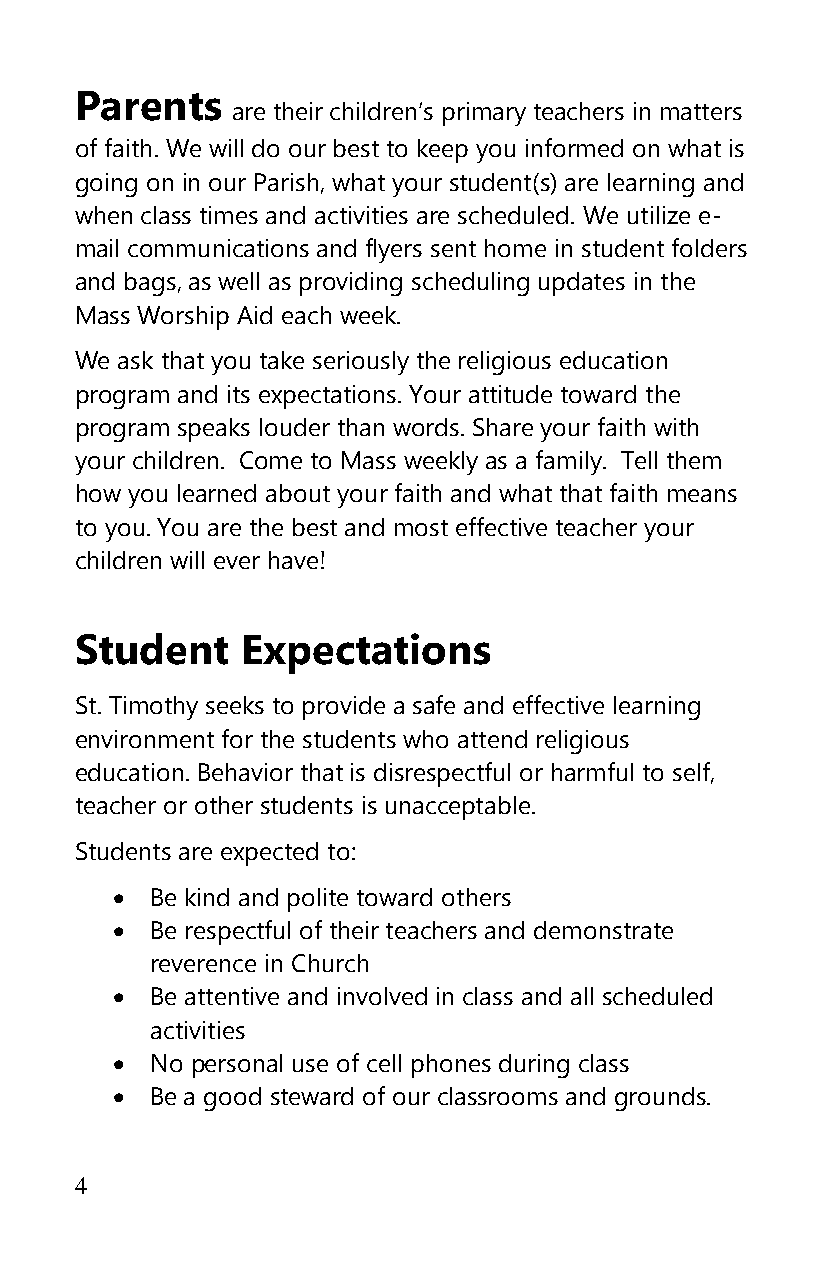
Parents
 are their children’s primary teachers in matters
 of faith. We will do our best to keep you informed on what is
 going on in our Parish, what your student(s) are learning and
 when class times and activities are scheduled. We utilize e-
 mail communications and flyers sent home in student folders
 and bags, as well as providing scheduling updates in the
 Mass Worship Aid each week.
 We ask that you take seriously the religious education
 program and its expectations. Your attitude toward the
 program speaks louder than words. Share your faith with
 your children. Come to Mass weekly as a family. Tell them
 how you learned about your faith and what that faith means
 to you. You are the best and most effective teacher your
 children will ever have!
 Student    Expectations
 St. Timothy seeks to provide a safe and effective learning
 environment for the students who attend religious
 education. Behavior that is disrespectful or harmful to self,
 teacher or other students is unacceptable.
 Students are expected to:
   Be kind and polite toward others
   Be respectful of their teachers and demonstrate
 reverence in Church
   Be attentive and involved in class and all scheduled
 activities
   No personal use of cell phones during class
   Be a good steward of our classrooms and grounds.
 4